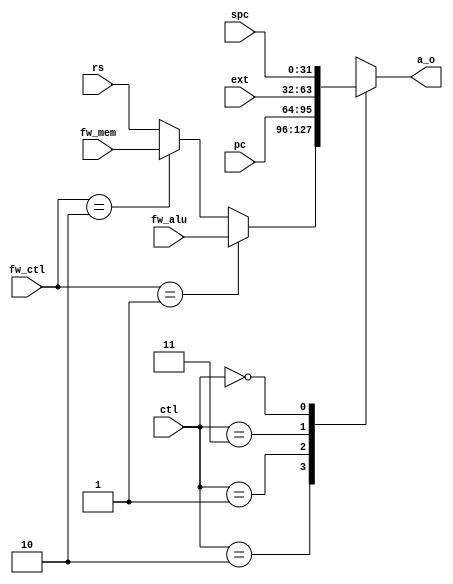
/////////////////////////////////////////////////////////////////////
////                                                             ////
////                                                             ////
////  If you encountered any problem, please contact :           ////
////                                                             ////
////  Downloaded from:                                           ////
////     http://www.opencores.org/pdownloads.cgi/list/mips789    ////
/////////////////////////////////////////////////////////////////////
////                                                             ////
//// Copyright (C) 2006-2007 Liwei                               ////
////                         mcupro@yahoo.com.hk                 ////
////                                                             ////
////                                                             ////
//// This source file may be used and distributed freely without ////
//// restriction provided that this copyright statement is not   ////
//// removed from the file and any derivative work contains the  ////
//// original copyright notice and the associated disclaimer.    ////
////                                                             ////
//// Please let the author know if it is used                    ////
//// for commercial purpose.                                     ////
////                                                             ////
////     THIS SOFTWARE IS PROVIDED ``AS IS'' AND WITHOUT ANY     ////
//// EXPRESS OR IMPLIED WARRANTIES, INCLUDING, BUT NOT LIMITED   ////
//// TO, THE IMPLIED WARRANTIES OF MERCHANTABILITY AND FITNESS   ////
//// FOR A PARTICULAR PURPOSE. IN NO EVENT SHALL THE AUTHOR      ////
//// OR CONTRIBUTORS BE LIABLE FOR ANY DIRECT, INDIRECT,         ////
//// INCIDENTAL, SPECIAL, EXEMPLARY, OR CONSEQUENTIAL DAMAGES    ////
//// (INCLUDING, BUT NOT LIMITED TO, PROCUREMENT OF SUBSTITUTE   ////
//// GOODS OR SERVICES; LOSS OF USE, DATA, OR PROFITS; OR        ////
//// BUSINESS INTERRUPTION) HOWEVER CAUSED AND ON ANY THEORY OF  ////
//// LIABILITY, WHETHER IN  CONTRACT, STRICT LIABILITY, OR TORT  ////
//// (INCLUDING NEGLIGENCE OR OTHERWISE) ARISING IN ANY WAY OUT  ////
//// OF THE USE OF THIS SOFTWARE, EVEN IF ADVISED OF THE         ////
//// POSSIBILITY OF SUCH DAMAGE.                                 ////
////                                                             ////
/////////////////////////////////////////////////////////////////////
////                                                             ////
////                                                             ////
//// Date of Creation: 2007.8.1                                  ////
////                                                             ////
//// Version: 0.0.1                                              ////
////                                                             ////
//// Description:                                                ////
////                                                             ////
////                                                             ////
/////////////////////////////////////////////////////////////////////
////                                                             ////
//// Change log:                                                 ////
////                                                             ////
/////////////////////////////////////////////////////////////////////



`define MUXA_PC 1
`define MUXA_RS 2
`define MUXA_EXT 3
`define MUXA_SPC 0
`define MUXA_NOP 0

`define MUXB_RT 1
`define MUXB_EXT 2
`define MUXB_NOP 0


`define FW_ALU 3'b001
`define FW_MEM 3'b010
`define FW_NOP 3'b100


module alu_muxa(
        input [31:0]spc,
        input [31:0]pc,
        input [31:0]fw_mem,
        input [31:0]rs,
        input [31:0]fw_alu,
        input [31:0]ext,
        input [1:0] ctl,
        input [2:0] fw_ctl,
        output reg [31:0]a_o
    );

    always @(*)
    begin
        case (ctl)
            `MUXA_RS:   a_o = (fw_ctl ==`FW_ALU )?fw_alu:(fw_ctl==`FW_MEM)?fw_mem:rs;
            `MUXA_PC:   a_o = pc;
            `MUXA_EXT:  a_o = ext;
            `MUXA_SPC:  a_o = spc;
            default :   a_o = rs;
        endcase
    end
endmodule

module alu_muxb(
        input [31:0] rt,
        input [31:0]fw_alu,
        input [31:0]fw_mem,
        input [31:0]ext ,
        input [1:0]ctl ,
        input [2:0]fw_ctl ,
        output reg [31:0] b_o
    );
    always@(*)
    case (ctl)
        `MUXB_RT :b_o = (fw_ctl ==`FW_ALU )?fw_alu:(fw_ctl==`FW_MEM)?fw_mem:rt;
        `MUXB_EXT :	b_o=ext;
        default b_o=rt;
    endcase
endmodule